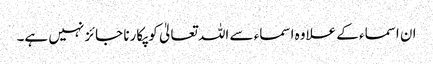
ان اسماء کے علاوہ اسماء سے اللہ تعالیٰ کو پکارنا جائز نہیں ہے۔